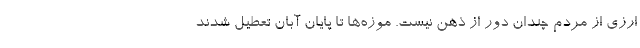
ارزی از مردم چندان دور از ذهن نیست. موزه‌ها تا پایان آبان تعطیل شدند